Code of medical and sanitary regulations for the guidance of medical officers serving in the Madras Presidency - Volume I
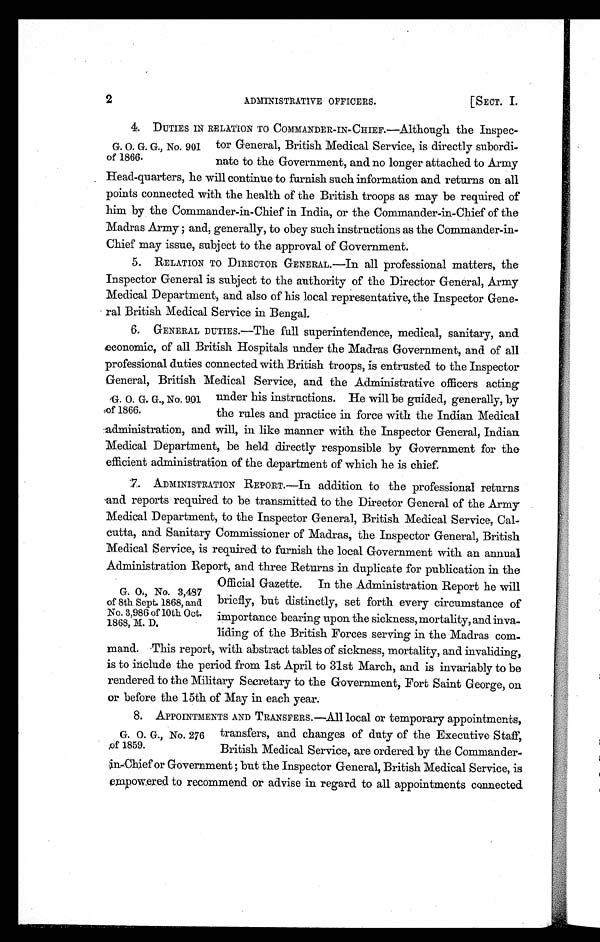
2
ADMINISTRATIVE OFFICERS.
[SECT. I.
4. DUTIES IN RELATION TO COMMANDER-IN-CHIEF.—Although the Inspec-
tor General, British Medical Service, is directly subordi-
nate to the Government, and no longer attached to Army
Head-quarters, he will continue to furnish such information and returns on all
points connected with the health of the British troops as may be required of
him by the Commander-in-Chief in India, or the Commander-in-Chief of the
Madras Army; and, generally, to obey such instructions as the Commander-in-
Chief may issue, subject to the approval of Government.
5. RELATION TO DIRECTOR GENERAL.—In all professional matters, the
Inspector General is subject to the authority of the Director General, Army
Medical Department, and also of his local representative, the Inspector Gene-
ral British Medical Service in Bengal.
6. GENERAL DUTIES.—The full superintendence, medical, sanitary, and
economic, of all British Hospitals under the Madras Government, and of all
professional duties connected with British troops, is entrusted to the Inspector
General, British Medical Service, and the Administrative officers acting
under his instructions. He will be guided, generally, by
the rules and practice in force with the Indian Medical
administration, and will, in like manner with the Inspector General, Indian
Medical Department, be held directly responsible by Government for the
efficient administration of the department of which he is chief.
7. ADMINISTRATION REPORT.—In addition to the professional returns
and reports required to be transmitted to the Director General of the Army
Medical Department, to the Inspector General, British Medical Service, Cal-
cutta, and Sanitary Commissioner of Madras, the Inspector General, British
Medical Service, is required to furnish the local Government with an annual
Administration Report, and three Returns in duplicate for publication in the
Official Gazette. In the Administration Report he will
briefly, but distinctly, set forth every circumstance of
importance bearing upon the sickness, mortality, and inva-
liding of the British Forces serving in the Madras com-
mand. This report, with abstract tables of sickness, mortality, and invaliding,
is to include the period from 1st April to 31st March, and is invariably to be
rendered to the Military Secretary to the Government, Fort Saint George, on
or before the 15th of May in each year.
8. APPOINTMENTS AND TRANSFERS.—All local or temporary appointments,
transfers, and changes of duty of the Executive Staff,
British Medical Service, are ordered by the Commander-
i n - C h i e f o r G o v e r n m e n t ; b u t t h e I n s p e c t o r G e n e r a l , B r i t i s h M e d i c a l S e r v i c e , i s
empowered. to recommend or advise in regard to all appointments connected
G. O. G. G., No. 901
of 1866.
G. O. G. G., No. 991
,of 1866.
G. O., No. 3,487
of 8th Sept. 1868, and
No. 3,986 of 10th Oct.
1868, M. D.
G. O. G., No. 276
of 1859.